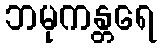
ဘမုကန္တရေ